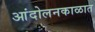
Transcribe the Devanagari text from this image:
आंदोलनकाळात